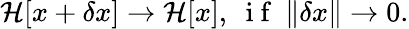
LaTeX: \mathcal{H}[x+\delta x]\rightarrow\mathcal{H}[x],\nobreakspace\mathrm{~i~f~}\nobreakspace\lVert\delta x\rVert\rightarrow 0.